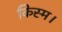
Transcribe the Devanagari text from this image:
किस्म।